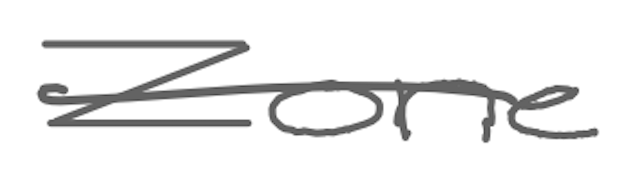
Text: Zone
Cross-out: single-line
Writing tool: digital_gray